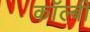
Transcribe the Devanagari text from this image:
कॉल्बी